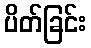
ပိတ်ခြင်း